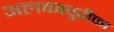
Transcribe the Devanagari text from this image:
अलकापुरीका